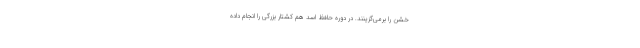
خشن را برمی‌گزینند. در دوره حافظ اسد هم کشتار بزرگی را انجام داده